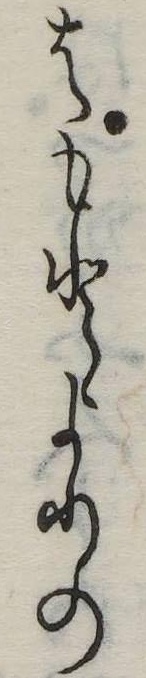
はもとよりの